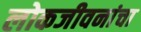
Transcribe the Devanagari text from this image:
लोकजीवनांचा